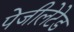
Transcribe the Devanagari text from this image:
पेजीलेटेड